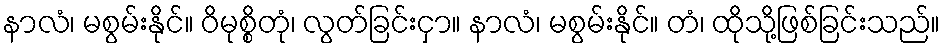
နာလံ၊ မစွမ်းနိုင်။ ဝိမုစ္စိတုံ၊ လွတ်ခြင်းငှာ။ နာလံ၊ မစွမ်းနိုင်။ တံ၊ ထိုသို့ဖြစ်ခြင်းသည်။